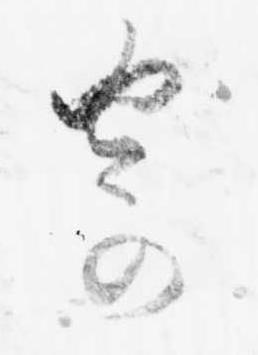
寄